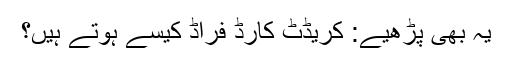
یہ بھی پڑھیے: کریڈٹ کارڈ فراڈ کیسے ہوتے ہیں؟